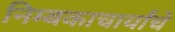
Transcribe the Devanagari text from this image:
निम्बकाचार्यांचे